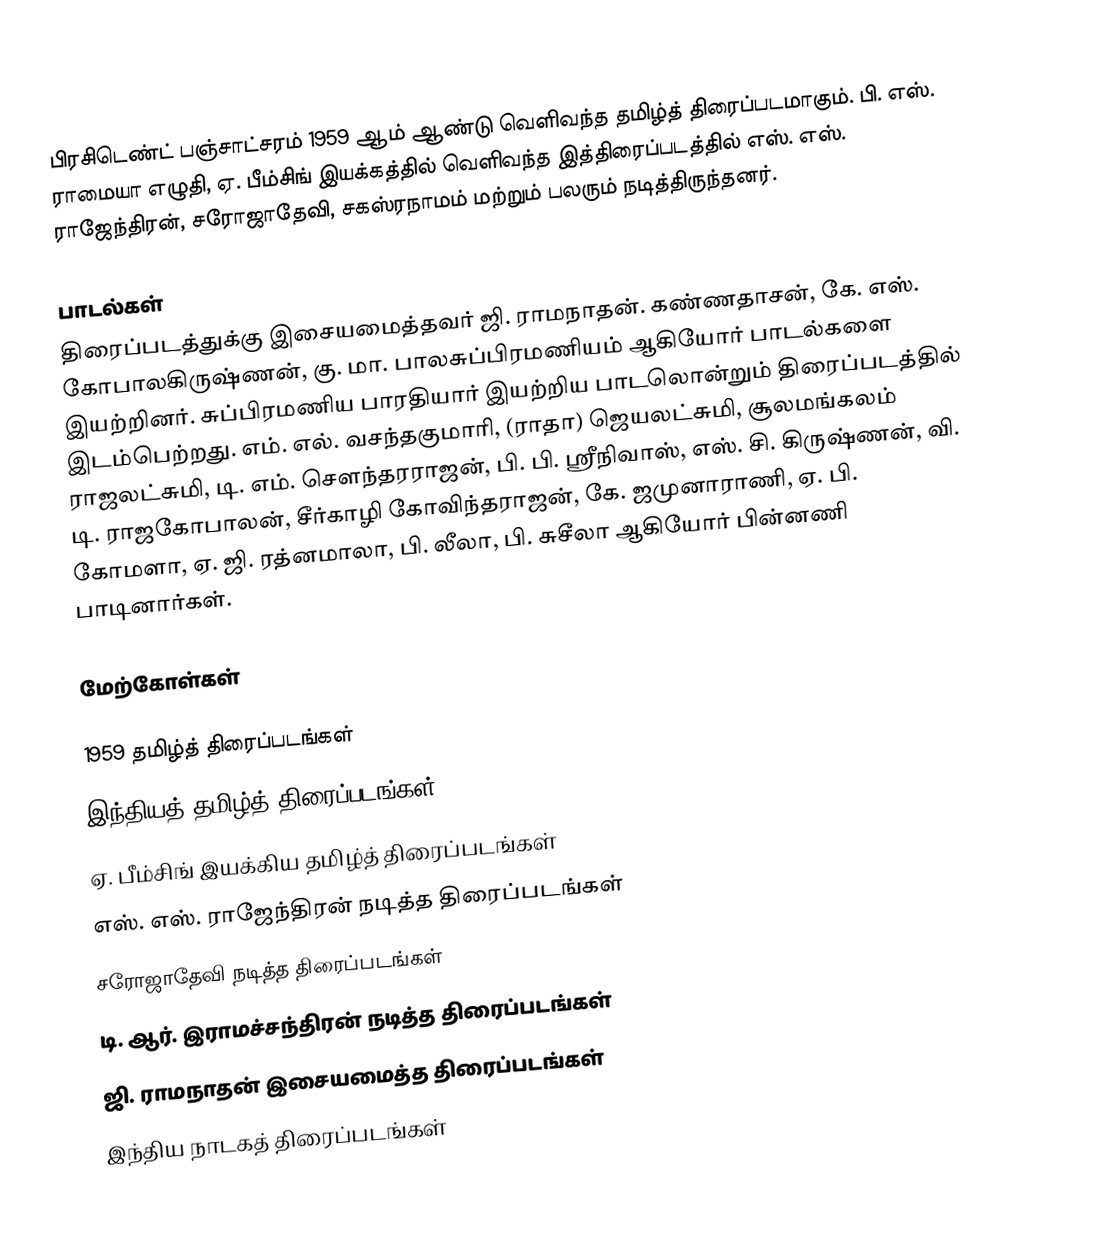
பிரசிடெண்ட் பஞ்சாட்சரம்  1959 ஆம் ஆண்டு வெளிவந்த தமிழ்த் திரைப்படமாகும். பி. எஸ். ராமையா எழுதி, ஏ. பீம்சிங் இயக்கத்தில் வெளிவந்த இத்திரைப்படத்தில் எஸ். எஸ். ராஜேந்திரன், சரோஜாதேவி, சகஸ்ரநாமம் மற்றும் பலரும் நடித்திருந்தனர்.

பாடல்கள்
திரைப்படத்துக்கு இசையமைத்தவர் ஜி. ராமநாதன். கண்ணதாசன், கே. எஸ். கோபாலகிருஷ்ணன், கு. மா. பாலசுப்பிரமணியம் ஆகியோர் பாடல்களை இயற்றினர். சுப்பிரமணிய பாரதியார் இயற்றிய பாடலொன்றும் திரைப்படத்தில் இடம்பெற்றது. எம். எல். வசந்தகுமாரி, (ராதா) ஜெயலட்சுமி, சூலமங்கலம் ராஜலட்சுமி, டி. எம். சௌந்தரராஜன், பி. பி. ஸ்ரீநிவாஸ், எஸ். சி. கிருஷ்ணன், வி. டி. ராஜகோபாலன், சீர்காழி கோவிந்தராஜன், கே. ஜமுனாராணி, ஏ. பி. கோமளா, ஏ. ஜி. ரத்னமாலா, பி. லீலா, பி. சுசீலா ஆகியோர் பின்னணி பாடினார்கள்.

மேற்கோள்கள்

1959 தமிழ்த் திரைப்படங்கள்
இந்தியத் தமிழ்த் திரைப்படங்கள்
ஏ. பீம்சிங் இயக்கிய தமிழ்த் திரைப்படங்கள்
எஸ். எஸ். ராஜேந்திரன் நடித்த திரைப்படங்கள்
சரோஜாதேவி நடித்த திரைப்படங்கள்
டி. ஆர். இராமச்சந்திரன் நடித்த திரைப்படங்கள்
ஜி. ராமநாதன் இசையமைத்த திரைப்படங்கள்
இந்திய நாடகத் திரைப்படங்கள்